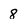
Character: 8